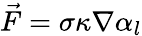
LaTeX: \vec{F}=\sigma\kappa\nabla\alpha_{l}